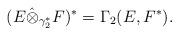
LaTeX: \begin{align*}(E\hat{\otimes}_{\gamma_2^*} F)^* = \Gamma_{2}(E,F^*).\end{align*}